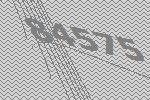
84575